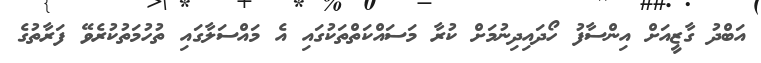
އަބްދު ގާޒީއަށް އިންސާފު ހޯދައިދިނުމަށް ކުރާ މަސައްކަތްތަކުގައި އެ މައްސަލާގައި ތުހުމަތުކުރެވޭ ފަރާތުގެ